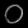
Digit: ၀